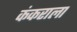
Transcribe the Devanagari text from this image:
कंकराला